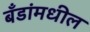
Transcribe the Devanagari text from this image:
बँडांमधील